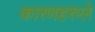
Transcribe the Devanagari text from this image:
कारणहरुले